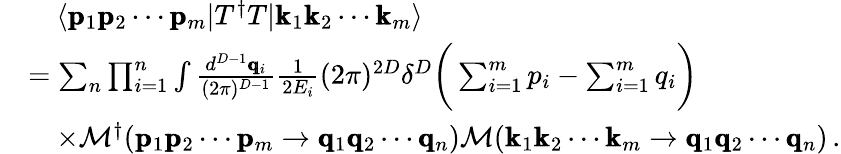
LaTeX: \begin{array}{rl}&{\quad\langle\pmb{\mathrm{p}}_{1}\pmb{\mathrm{p}}_{2}\cdots\pmb{\mathrm{p}}_{m}|T^{\dagger}T|\pmb{\mathrm{k}}_{1}\pmb{\mathrm{k}}_{2}\cdots\pmb{\mathrm{k}}_{m}\rangle}\\ &{=\sum_{n}\prod_{i=1}^{n}\int\frac{d^{D-1}\pmb{\mathrm{q}}_{i}}{(2\pi)^{D-1}}\frac{1}{2E_{i}}(2\pi)^{2D}\delta^{D}\bigg(\sum_{i=1}^{m}p_{i}-\sum_{i=1}^{m}q_{i}\bigg)}\\ &{\quad\times\mathcal{M}^{\dagger}(\pmb{\mathrm{p}}_{1}\pmb{\mathrm{p}}_{2}\cdots\pmb{\mathrm{p}}_{m}\rightarrow\pmb{\mathrm{q}}_{1}\pmb{\mathrm{q}}_{2}\cdots\pmb{\mathrm{q}}_{n})\mathcal{M}(\pmb{\mathrm{k}}_{1}\pmb{\mathrm{k}}_{2}\cdots\pmb{\mathrm{k}}_{m}\rightarrow\pmb{\mathrm{q}}_{1}\pmb{\mathrm{q}}_{2}\cdots\pmb{\mathrm{q}}_{n})\, .}\end{array}